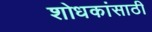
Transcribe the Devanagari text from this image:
शोधकांसाठी